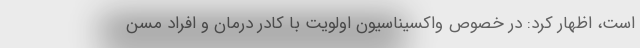
است، اظهار کرد: در خصوص واکسیناسیون اولویت با کادر درمان و افراد مسن